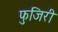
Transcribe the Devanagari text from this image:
फुजिरी